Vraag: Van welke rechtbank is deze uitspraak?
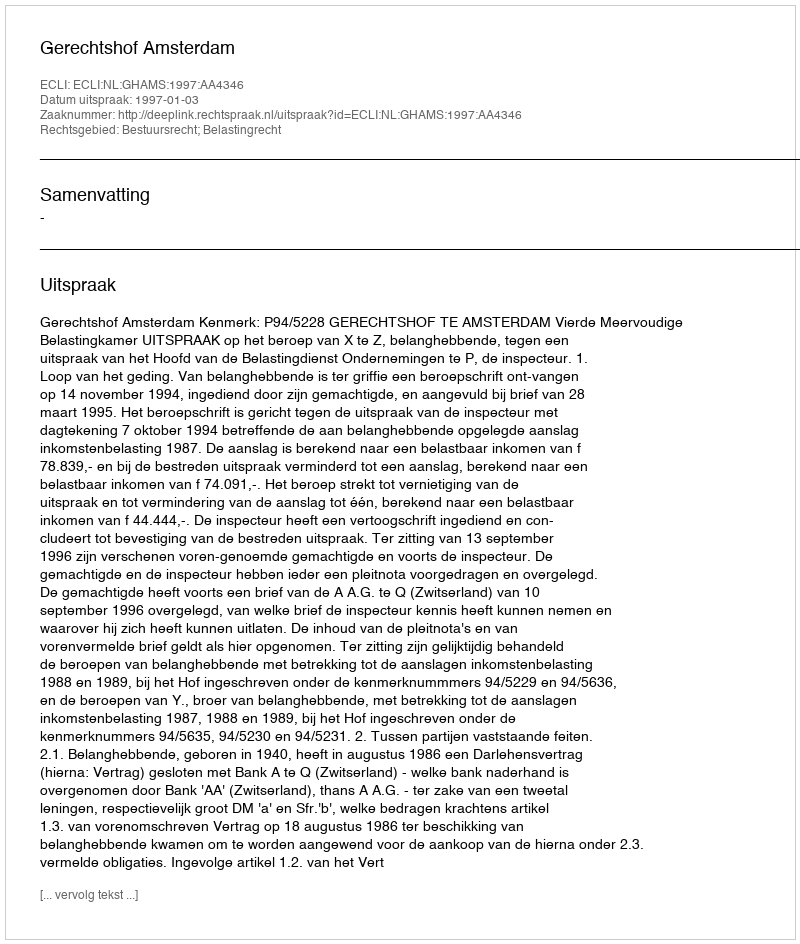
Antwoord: Gerechtshof Amsterdam